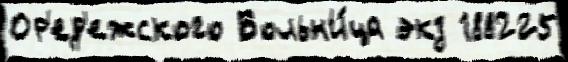
Ор'ед'ежского Больн'и́ца экз 188225